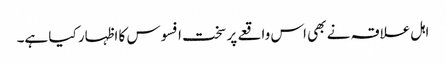
اہل علاقہ نے بھی اس واقعے پر سخت افسوس کا اظہار کیا ہے۔